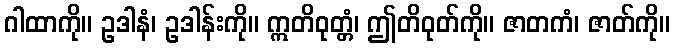
ဂါထာကို။ ဥဒါနံ၊ ဥဒါန်းကို။ ဣတိဝုတ္တံ၊ ဤတိဝုတ်ကို။ ဇာတကံ၊ ဇာတ်ကို။